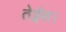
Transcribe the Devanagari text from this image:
तेईस।